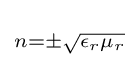
\scriptstyle n=\pm {\sqrt {\epsilon _{r}\mu _{r}}}